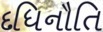
દધિનૌતિ